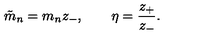
\tilde { m } _ { n } = m _ { n } z _ { - } , \quad \quad \eta = { \frac { z _ { + } } { z _ { - } } } .